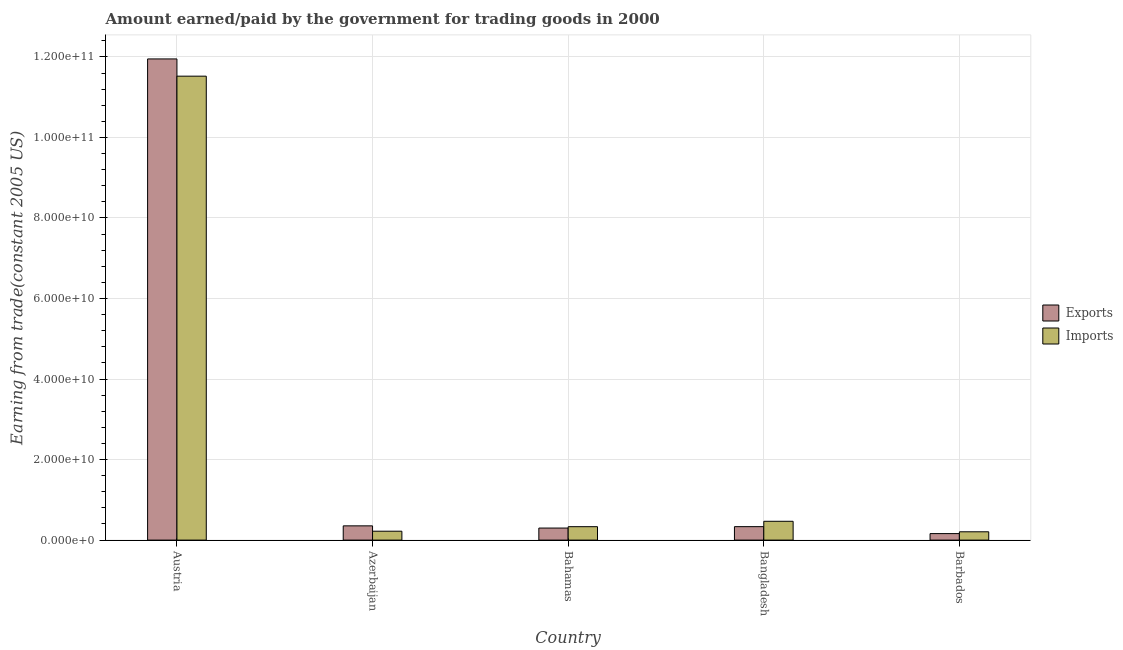
| Country | Exports | Imports |
 | --- | --- | --- |
 | Austria | 1.19e+11 | 1.15e+11 |
 | Azerbaijan | 3.54e+09 | 2.21e+09 |
 | Bahamas | 2.99e+09 | 3.33e+09 |
 | Bangladesh | 3.34e+09 | 4.67e+09 |
 | Barbados | 1.62e+09 | 2.06e+09 |